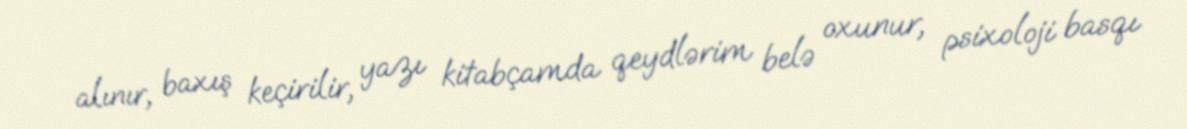
alınır, baxış keçirilir, yazı kitabçamda qeydlərim belə oxunur, psixoloji basqı